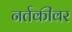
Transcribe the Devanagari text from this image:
नर्तकीवर